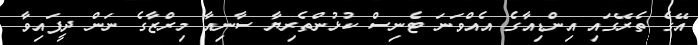
އޭގެ ތެރޭގައި އިންޑިއާގެ އެއްވަނަ ޓެނިސް ކުޅުންތެރިޔާ ސާނިއާ މިރްޒާގެ ނަން ދީފައިވާ